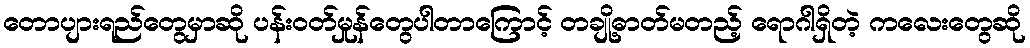
တောပျားရည်တွေမှာဆို ပန်းဝတ်မှုန်တွေပါတာကြောင့် တချို့ဓာတ်မတည့် ရောဂါရှိတဲ့ ကလေးတွေဆို